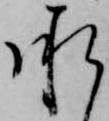
承